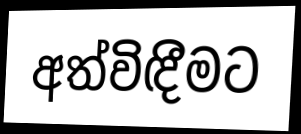
අත්විඳීමට